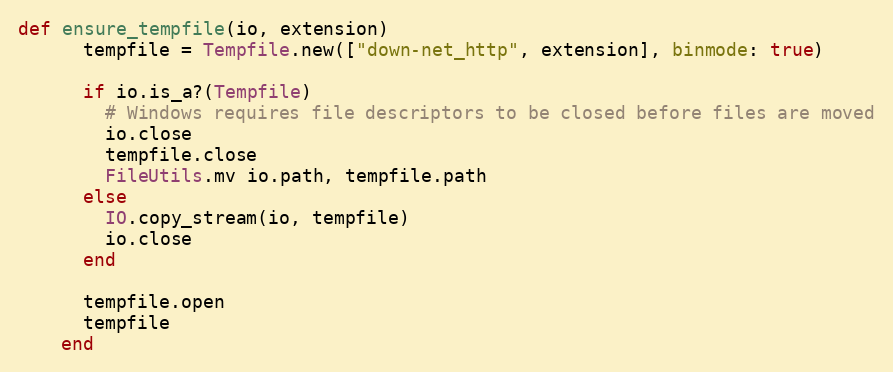
Language: Ruby
def ensure_tempfile(io, extension)
      tempfile = Tempfile.new(["down-net_http", extension], binmode: true)

      if io.is_a?(Tempfile)
        # Windows requires file descriptors to be closed before files are moved
        io.close
        tempfile.close
        FileUtils.mv io.path, tempfile.path
      else
        IO.copy_stream(io, tempfile)
        io.close
      end

      tempfile.open
      tempfile
    end